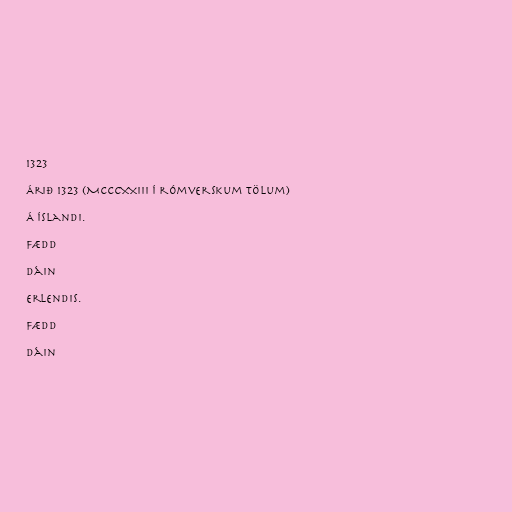
1323

Árið 1323 (MCCCXXIII í rómverskum tölum)

Á Íslandi.

Fædd

Dáin

Erlendis.

Fædd

Dáin